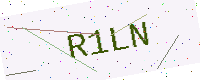
Text: R1LN